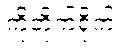
ကိုတိုက်ရိုက်